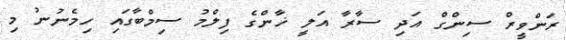
ރަންވީރް ސިންގް އަދި ސާރާ އަލީ ޚާންގެ ފިލްމު ސިމްބާގައި ހިމެނުނު މި